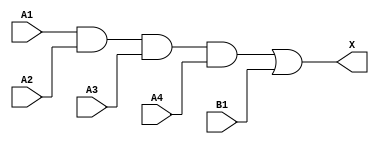
module sky130_fd_sc_ms__a41o_6 (
    X ,
    A1,
    A2,
    A3,
    A4,
    B1
);
    output X ;
    input  A1;
    input  A2;
    input  A3;
    input  A4;
    input  B1;
    wire and0_out ;
    wire or0_out_X;
    and and0 (and0_out , A1, A2, A3, A4 );
    or  or0  (or0_out_X, and0_out, B1   );
    buf buf0 (X        , or0_out_X      );
endmodule